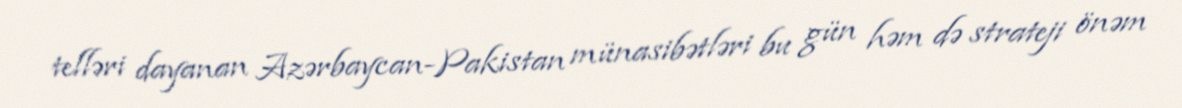
telləri dayanan Azərbaycan-Pakistan münasibətləri bu gün həm də strateji önəm